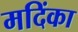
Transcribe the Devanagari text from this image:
मदिंका